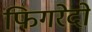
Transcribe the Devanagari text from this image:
फिगरेदो